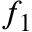
f _ { 1 }